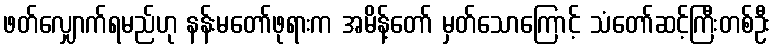
ဖတ်လျှောက်ရမည်ဟု နန်းမတော်ဖုရားက အမိန့်တော် မှတ်သောကြောင့် သံတော်ဆင့်ကြီးတစ်ဦး